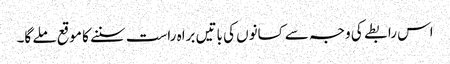
اس رابطے کی وجہ سے کسانوں کی باتیں براہ راست سننے کا موقع ملے گا۔